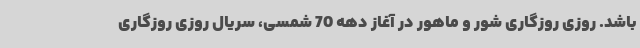
باشد. روزی روزگاری شور و ماهور در آغاز دهه 70 شمسی، سریال روزی روزگاری